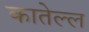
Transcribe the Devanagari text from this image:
कातेल्ल